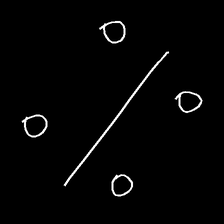
Glyph: cool